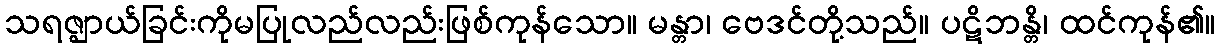
သရဇ္ဈာယ်ခြင်းကိုမပြုလည်လည်းဖြစ်ကုန်သော။ မန္တာ၊ ဗေဒင်တို့သည်။ ပဋိဘန္တိ၊ ထင်ကုန်၏။